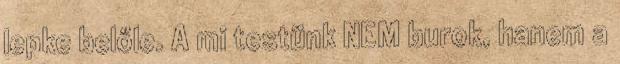
lepke belőle. A mi testünk NEM burok, hanem a